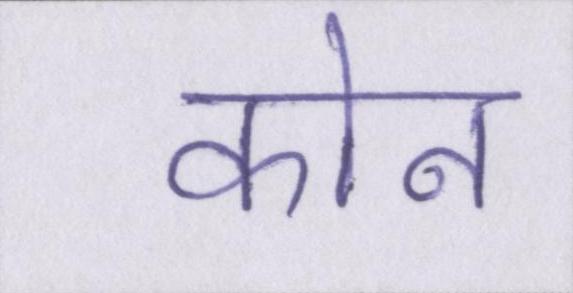
कोन